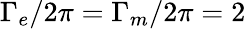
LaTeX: \Gamma_{e}/2\pi=\Gamma_{m}/2\pi=2